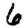
Digit: 6